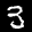
Label: 3